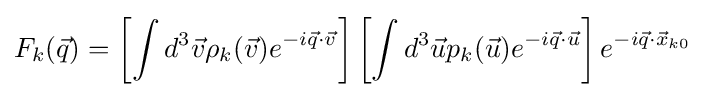
F_{k}({\vec {q}})=\left[\int d^{3}{\vec {v}}\rho _{k}({\vec {v}})e^{-i{\vec {q}}\cdot {\vec {v}}}\right]\left[\int d^{3}{\vec {u}}p_{k}({\vec {u}})e^{-i{\vec {q}}\cdot {\vec {u}}}\right]e^{-i{\vec {q}}\cdot {\vec {x}}_{k0}}